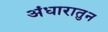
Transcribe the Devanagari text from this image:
अंधारातुन